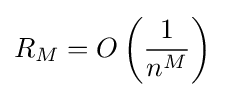
R_{M}=O\left({\frac {1}{n^{M}}}\right)